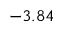
- 3 . 8 4